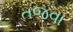
તજવા